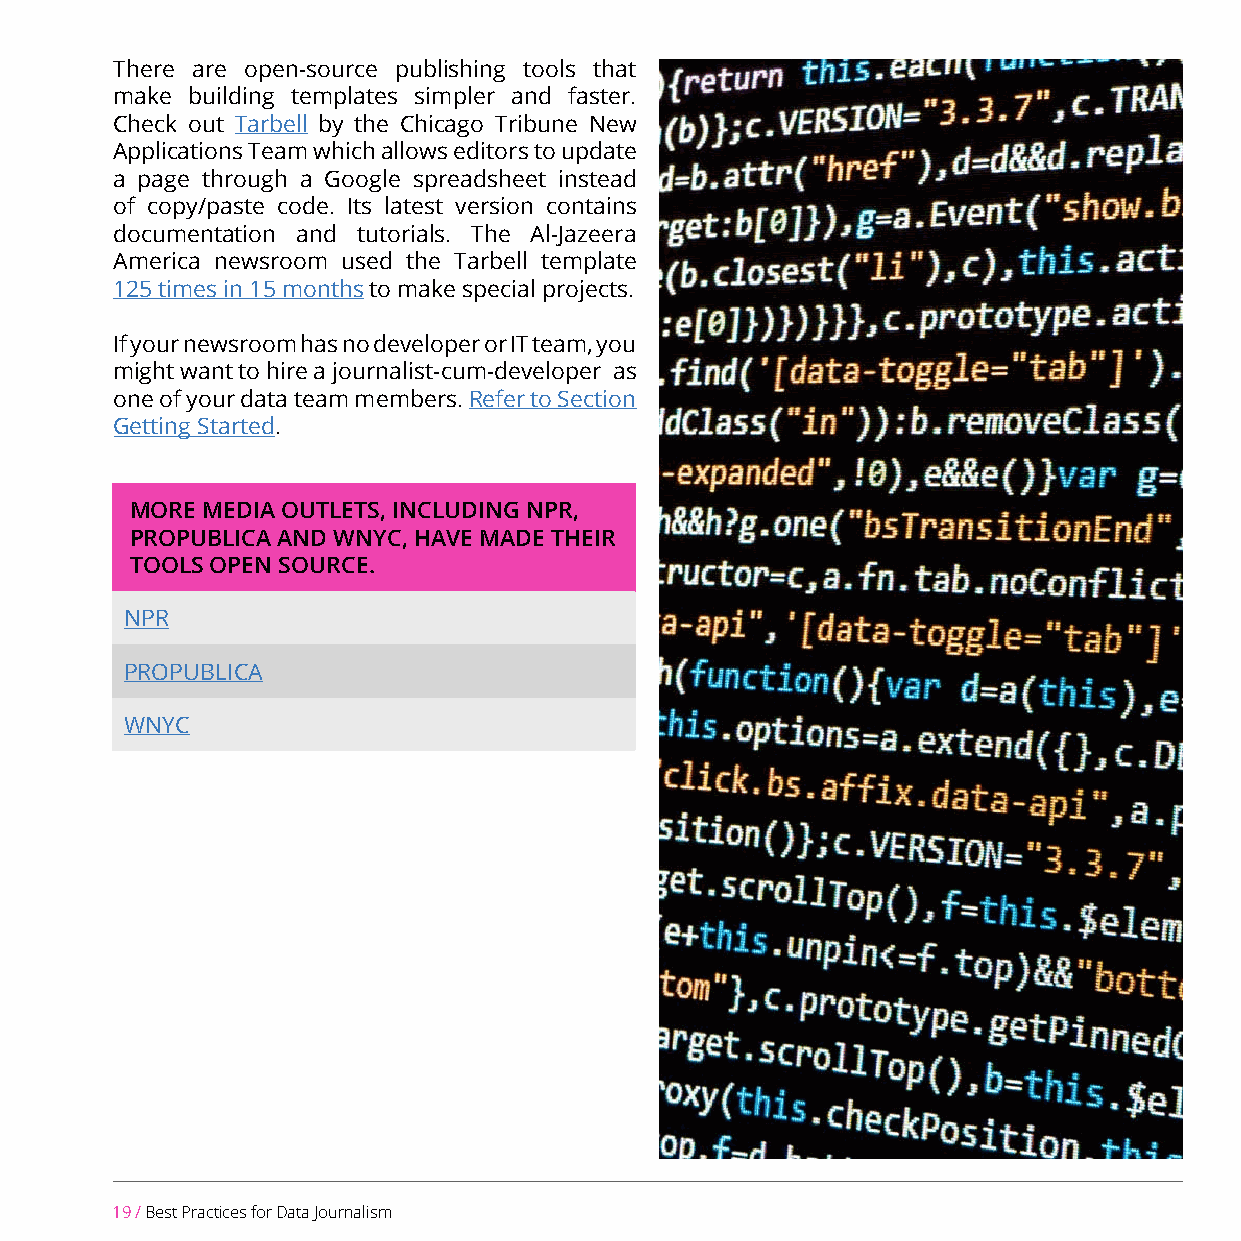
There are open-source publishing tools that
 make building templates simpler and faster.
 Check out Tarbell by the Chicago Tribune New
 Applications Team which allows editors to update
 a page through a Google spreadsheet instead
 of copy/paste code. Its latest version contains
 documentation and tutorials. The Al-Jazeera
 America newsroom used the Tarbell template
 125 times in 15 months to make special projects.
 If your newsroom has no developer or IT team, you
 might want to hire a journalist-cum-developer as
 one of your data team members. Refer to Section
 Getting Started.
 MORE MEDIA OUTLETS, INCLUDING NPR,
 PROPUBLICA AND WNYC, HAVE MADE THEIR
 TOOLS OPEN SOURCE.
 NPR
 PROPUBLICA
 WNYC
 19 / Best Practices for Data Journalism